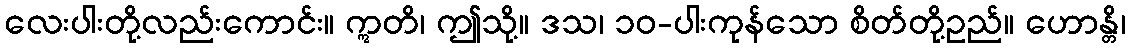
လေးပါးတို့လည်းကောင်း။ ဣတိ၊ ဤသို့။ ဒသ၊ ၁၀-ပါးကုန်သော စိတ်တို့ဥည်။ ဟောန္တိ၊